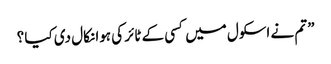
” تم نے اسکول میں کسی کے ٹائر کی ہوا نکال دی کیا ؟